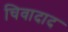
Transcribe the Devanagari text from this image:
चिवादाद